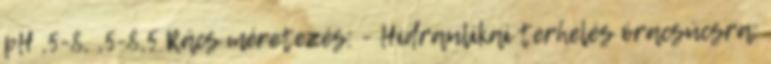
pH ,5-8, ,5-8,5 Rács méretezés: - Hidraulikai terhelés óracsúcsra: